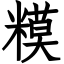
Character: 糢